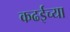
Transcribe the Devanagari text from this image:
कढईच्या